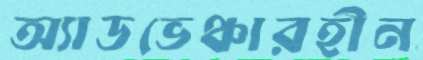
অ্যাডভেঞ্চারহীন